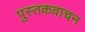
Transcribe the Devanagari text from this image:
पुस्तकवाचन